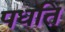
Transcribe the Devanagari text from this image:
पधति